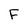
Character: F